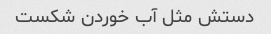
دستش مثل آب خوردن شکست